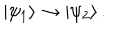
LaTeX: | \psi _ { 1 } \rangle \rightarrow | \psi _ { 2 } \rangle \, .